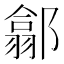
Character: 𨝫